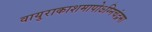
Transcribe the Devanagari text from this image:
वायुराकाशमापोऽग्‍निचंद्रमा